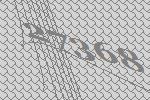
27368